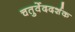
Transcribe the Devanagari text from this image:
चतुर्वेददर्शक